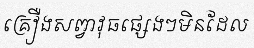
គ្រឿងសព្វាវុធផ្សេងៗមិនដែល